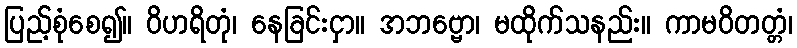
ပြည့်စုံစေ၍။ ဝိဟရိတုံ၊ နေခြင်းငှာ။ အဘဗ္ဗော၊ မထိုက်သနည်း။ ကာမဝိတတ္တံ၊